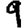
Digit: 9